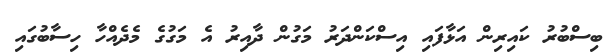
ބިސްބުރު ކައިރިން އަޅާފައި އިސްކަންދަރު މަގުން ދާއިރު އެ މަގުގެ މެދެއްހާ ހިސާބުގައި